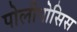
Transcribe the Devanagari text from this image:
पोलीपोसिस